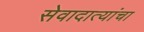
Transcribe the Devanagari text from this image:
सेवादात्यांचा